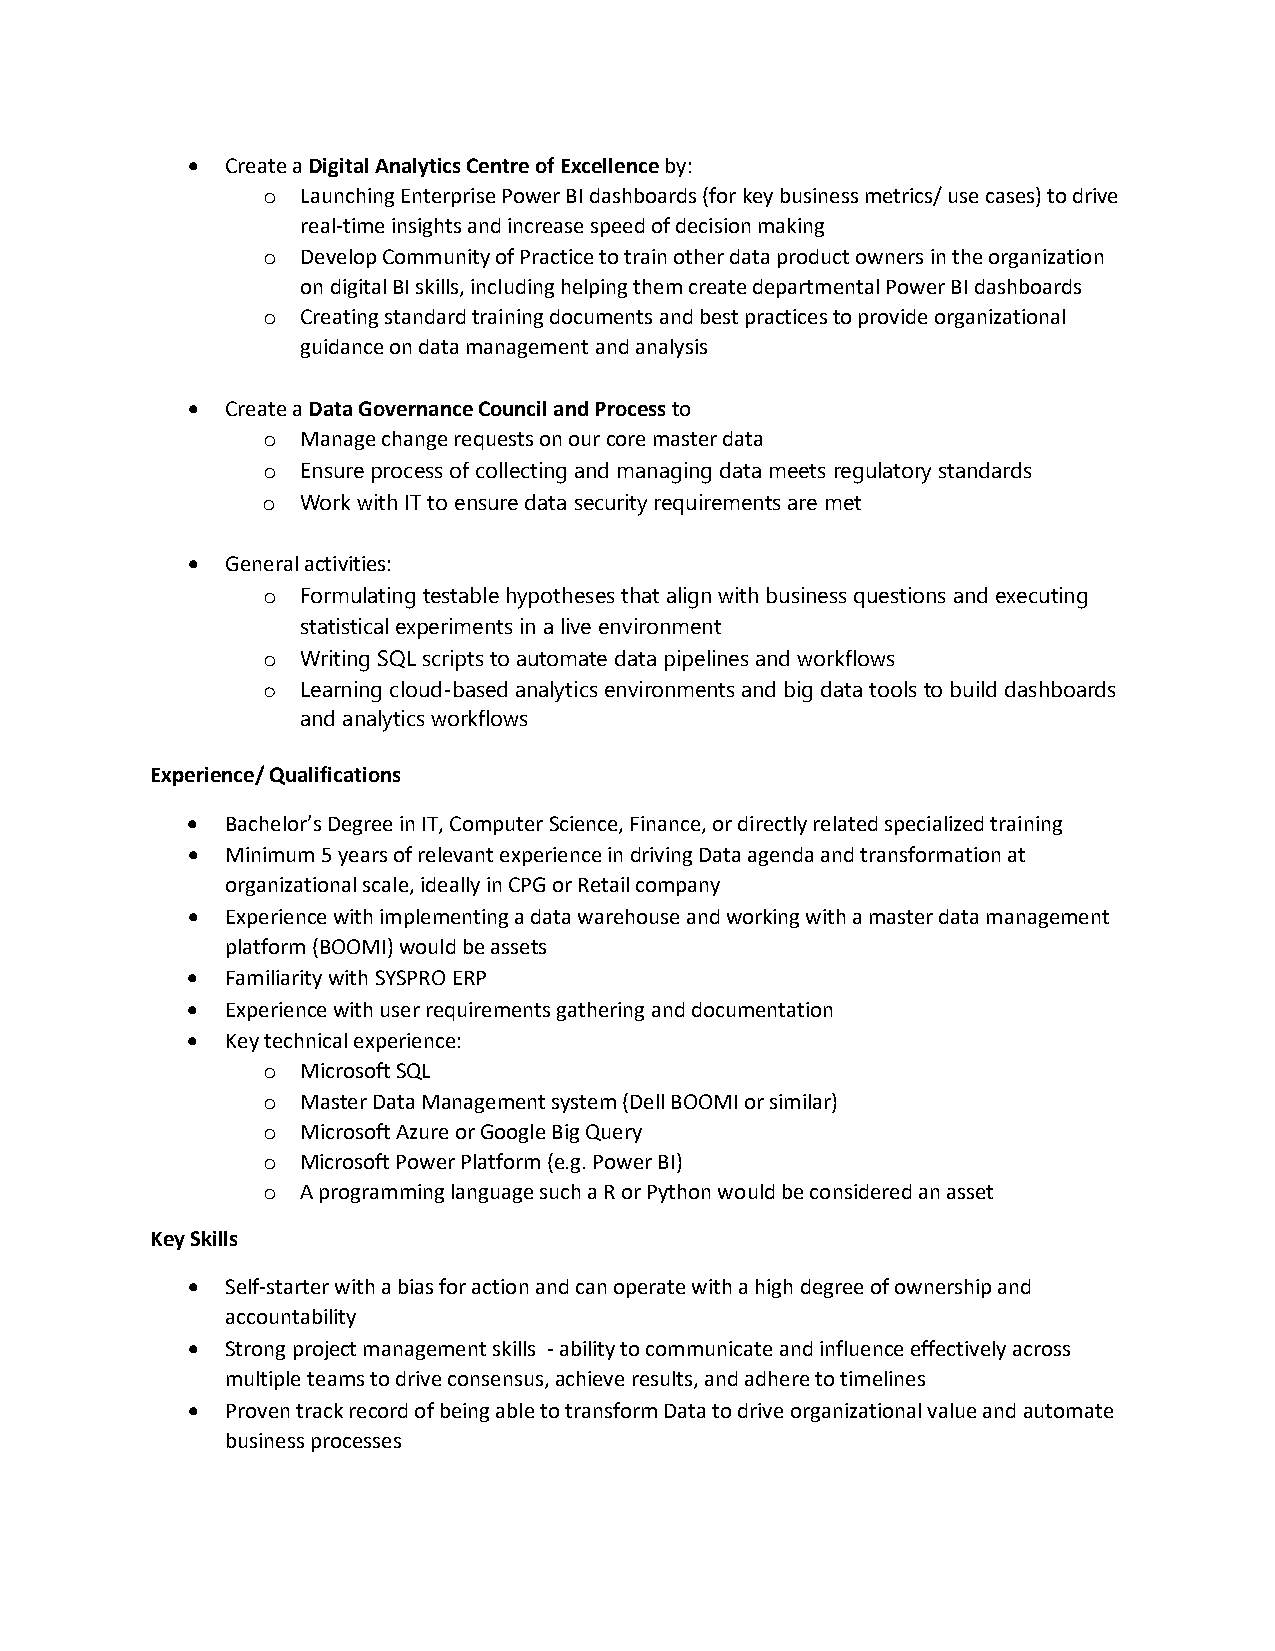
•  Create a Digital Analytics Centre of Excellence by:
 Launching Enterprise Power BI dashboards (for key business metrics/ use cases) to drive
 o
 real-time insights and increase speed of decision making
 Develop Community of Practice to train other data product owners in the organization
 o
 on digital BI skills, including helping them create departmental Power BI dashboards
 Creating standard training documents and best practices to provide organizational
 o
 guidance on data management and analysis
 •  Create a Data Governance Council and Process to
 Manage change requests on our core master data
 o
 o  Ensure process of collecting and managing data meets regulatory standards
 o  Work with IT to ensure data security requirements are met
 •  General activities:
 o  Formulating testable hypotheses that align with business questions and executing
 statistical experiments in a live environment
 o  Writing SQL scripts to automate data pipelines and workflows
 o  Learning cloud-based analytics environments and big data tools to build dashboards
 and analytics workflows
 Experience/ Qualifications
 •  Bachelor’s Degree in IT, Computer Science, Finance, or directly related specialized training
 •  Minimum 5 years of relevant experience in driving Data agenda and transformation at
 organizational scale, ideally in CPG or Retail company
 •  Experience with implementing a data warehouse and working with a master data management
 platform (BOOMI) would be assets
 •  Familiarity with SYSPRO ERP
 •  Experience with user requirements gathering and documentation
 •  Key technical experience:
 Microsoft SQL
 o
 Master Data Management system (Dell BOOMI or similar)
 o
 Microsoft Azure or Google Big Query
 o
 Microsoft Power Platform (e.g. Power BI)
 o
 A programming language such a R or Python would be considered an asset
 o
 Key Skills
 •  Self-starter with a bias for action and can operate with a high degree of ownership and
 accountability
 •  Strong project management skills - ability to communicate and influence effectively across
 multiple teams to drive consensus, achieve results, and adhere to timelines
 •  Proven track record of being able to transform Data to drive organizational value and automate
 business processes